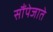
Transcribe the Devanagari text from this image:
सौंपेजाते